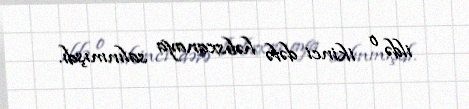
ildə o ikinci dəfə həbsxanaya salınmışdı.